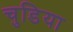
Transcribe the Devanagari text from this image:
चुडिया